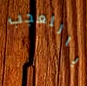
ياللعجب